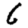
Digit: 6